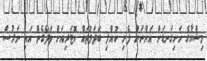
މިޝްޔާގެ ހަށިގަނޑަށް އަންނަން ފެށި ކުއްލި ބަދަލުތައް ކޮޓަރިއަށް ވަދެގެން އައި ނަރުސް